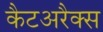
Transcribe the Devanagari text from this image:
कैटअरैक्स